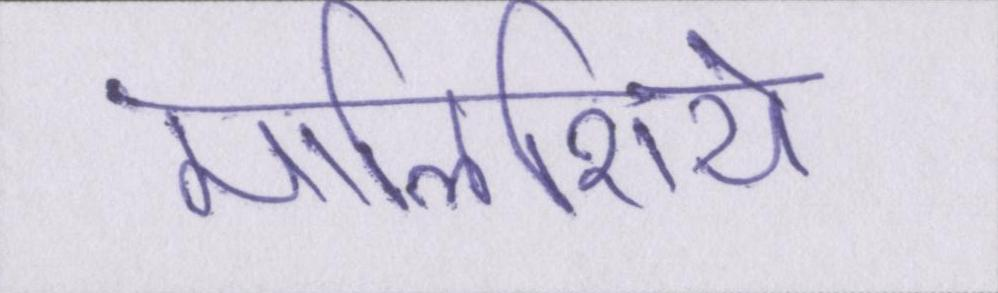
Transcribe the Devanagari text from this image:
मालिशिये